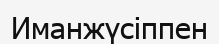
Иманжүсіппен